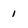
Character: 1